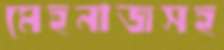
মেহনাজসহ